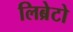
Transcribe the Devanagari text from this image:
लिब्रेटो